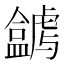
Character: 𥃋